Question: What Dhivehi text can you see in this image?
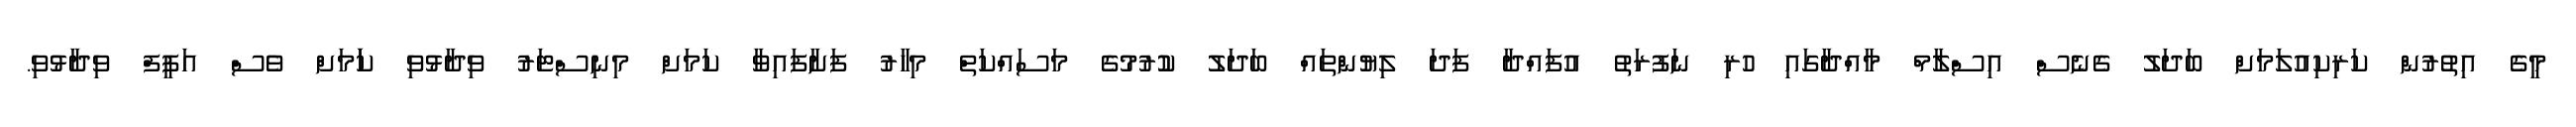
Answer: މީގެ އިތުރުން ކަރިކިއުލަމަށް ބަދަލު ގެނެސް އިސްލާމް މާއްދާގައި ހުރި ނަފުރަތު އުފައްދާ ފަދަ ލިޔުންތައް ބަދަލު ކުުރުމުގެ މަސައްކަތް މިހާރު ފަށާފައިވާ ކަމަށް މިނިސްޓަރު ވިދާޅުވި ކަަމަށް ވެސް އަފީފް ވިދާޅުވި.